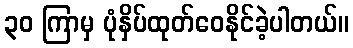
၃၀ ကြာမှ ပုံနှိပ်ထုတ်ဝေနိုင်ခဲ့ပါတယ်။